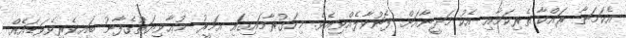
އެކަމަނާ ރައްކާ ތެރިކަމާއި އެކު މަދީނާއަށް ފޮނުވާލެއްވިއެވެ. މިހަގުރާމައިގައި އަމީރު މުޢާވިޔަތުގެފާނު ބައިވެރިވެވަޑައެއް